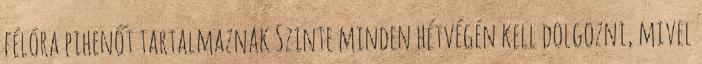
félóra pihenőt tartalmaznak Szinte minden hétvégén kell dolgozni, mivel